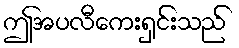
ဤအပလီကေးရှင်းသည်